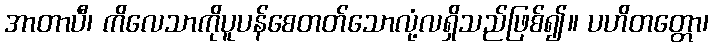
အာတာပီ၊ ကိလေသာကိုပူပန်စေတတ်သောလုံ့လရှိသည်ဖြစ်၍။ ပဟိတတ္တော၊